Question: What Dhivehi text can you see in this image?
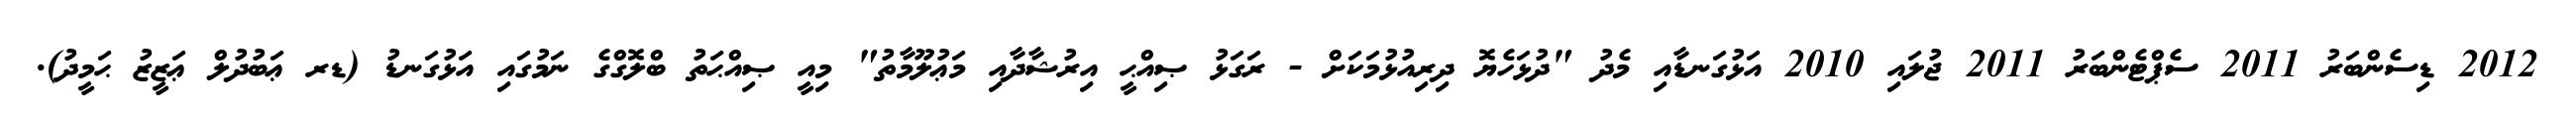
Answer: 2012 ޑިސެންބަރު 2011 ސެޕްޓެންބަރު 2011 ޖުލައި 2010 އަޅުގަނޑާއި މެދު "ދުޅަހެޔޮ ދިރިއުޅުމަކަށް - ރަގަޅު ޞިއްޙީ އިރުޝާދާއި މަޢުލޫމާތު" މިއީ ޞިއްޙަތު ބްލޮގްގެ ނަމުގައި އަޅުގަނޑު (ޑރ ޢަބުދުލް ޢަޒީޒު ޙަމީދު).